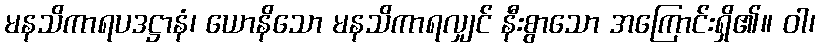
မနသိကာရပဒဋ္ဌာနံ၊ ယောနိသော မနသိကာရလျှင် နီးစွာသော အကြောင်းရှိ၏။ ဝါ၊